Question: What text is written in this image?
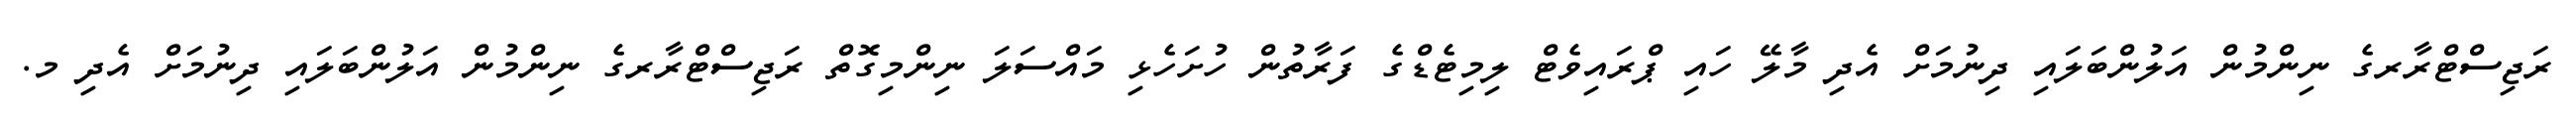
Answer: ރަޖިސްޓްރާރގެ ނިންމުން އަލުންބަލައި ދިނުމަށް އެދި މާލޭ ހައި ޕްރައިވެޓް ލިމިޓެޑްގެ ފަރާތުން ހުށަހެޅި މައްސަލަ ނިންމިގޮތް ރަޖިސްޓްރާރގެ ނިންމުން އަލުންބަލައި ދިނުމަށް އެދި މ.